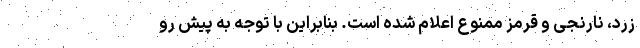
زرد، نارنجی و قرمز ممنوع اعلام شده است. بنابراین با توجه به پیش رو